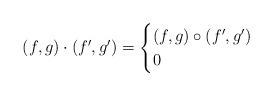
LaTeX: \begin{align*}(f,g)\cdot (f',g') = \begin{cases} (f,g) \circ (f',g') & \\ 0 & \end{cases}\end{align*}